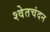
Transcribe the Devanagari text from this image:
श्‍वेतचंदन